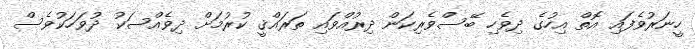
ހީނަރުވެފައި އޮތް އިހުގެ ދިވެހި ބޭސްވެރިކަން ދިރުއްވައި ތަރައްޤީ ކުރުމަށް ދިވެއްސަކު ދުވަހަކުވެސް